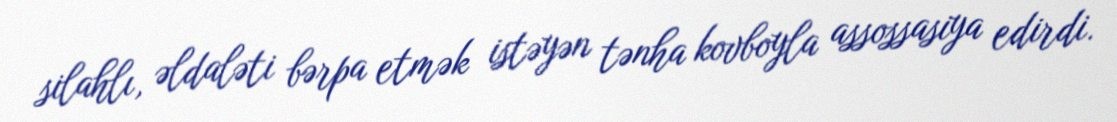
silahlı, əldaləti bərpa etmək istəyən tənha kovboyla assossasiya edirdi.